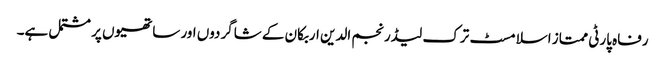
رفاہ پارٹی ممتاز اسلامسٹ ترک لیڈر نجم الدین اربکان کے شاگردوں اور ساتھیوں پر مشتمل ہے۔